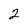
Character: 2